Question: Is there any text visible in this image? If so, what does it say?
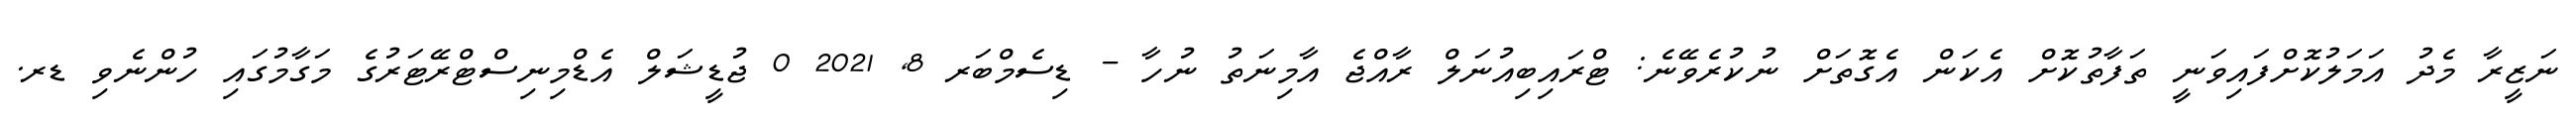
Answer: ނަޒީރާ މެދު އަމަލުކޮށްފައިވަނީ ތަފާތުކޮށް އެކަން އެގޮތަށް ނުކުރެވޭނެ: ޓްރައިބިއުނަލް ރާއްޖެ އާމިނަތު ނުހާ - ޑިސެމްބަރ 8, 2021 0 ޖުޑީޝަލް އެޑްމިނިސްޓްރޭޓަރުގެ މަގާމުގައި ހުންނެވި ޑރ.